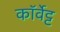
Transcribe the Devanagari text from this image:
कॉर्वेट्ट